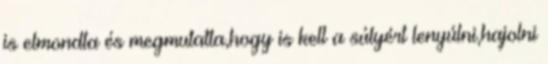
is elmondta és megmutatta,hogy is kell a súlyért lenyúlni,hajolni